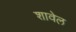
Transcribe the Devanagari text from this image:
शावेल